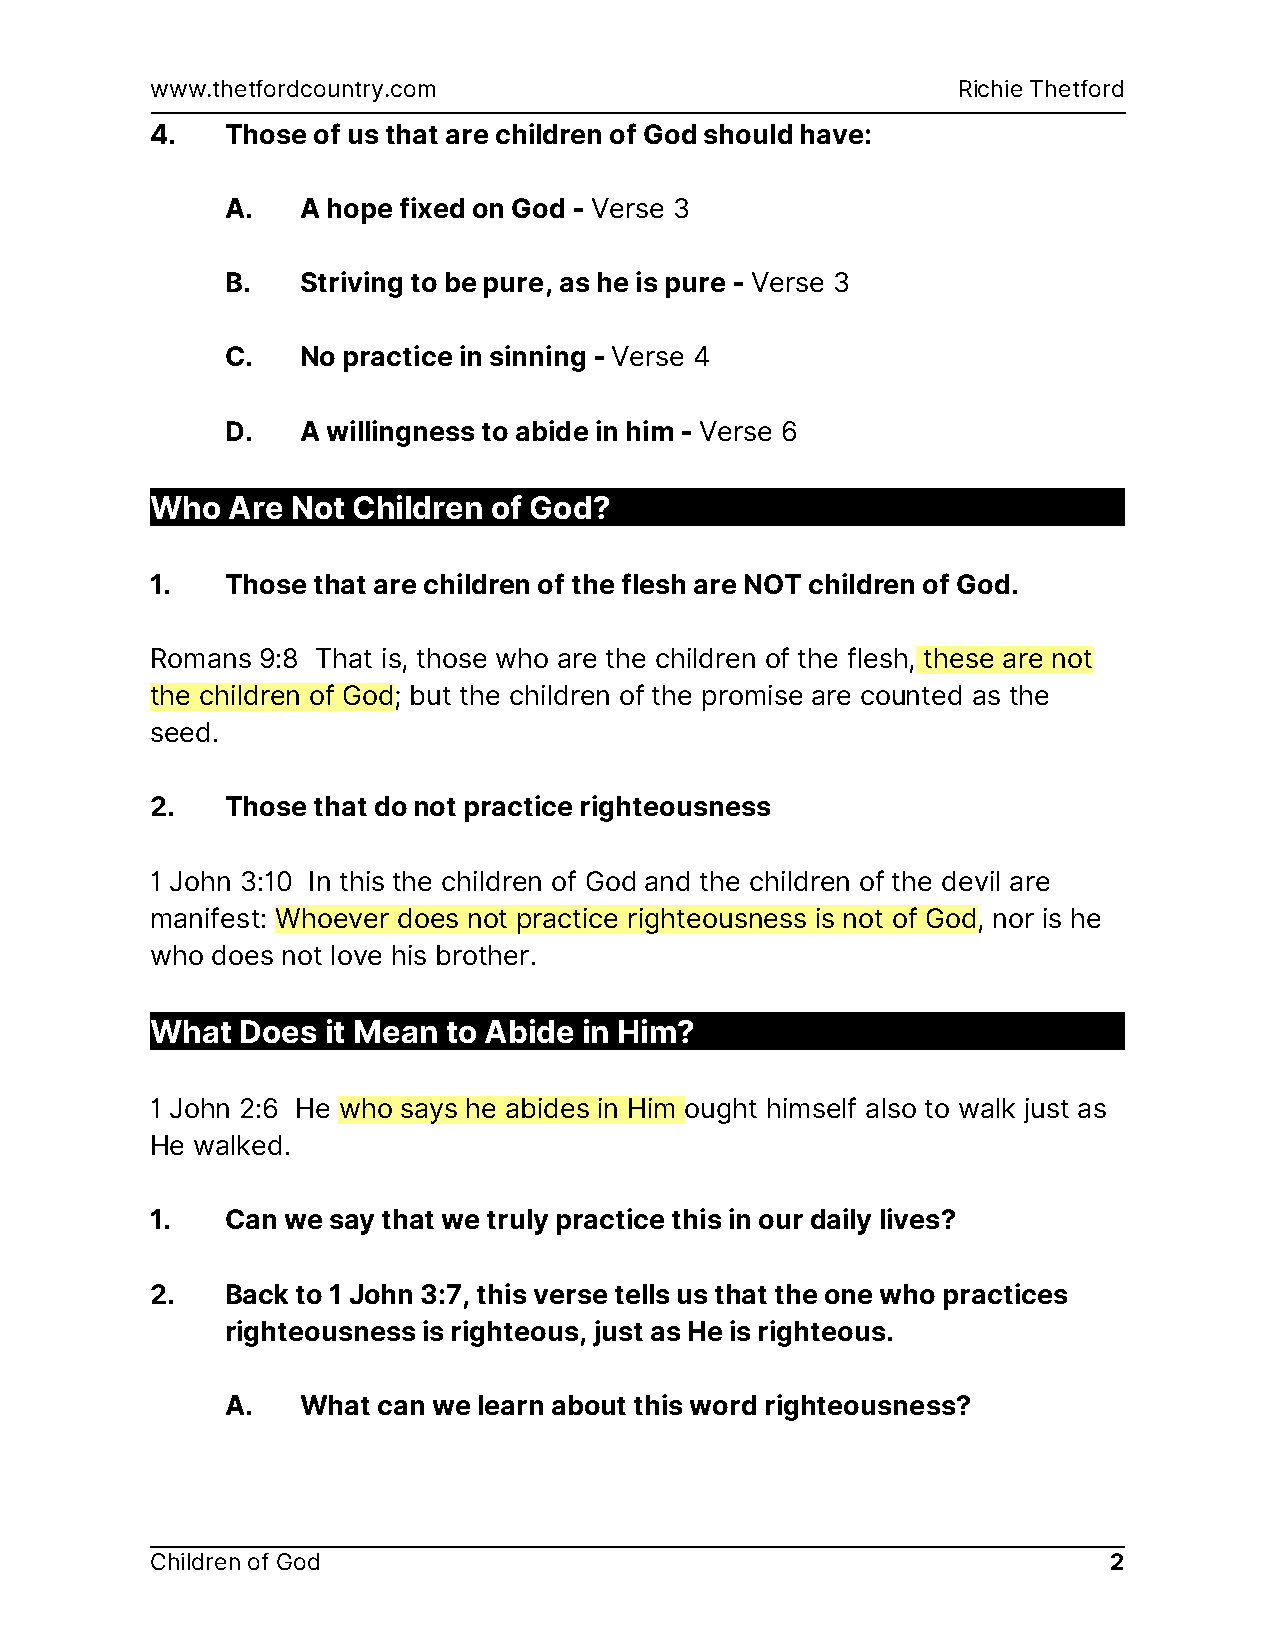
www.thetfordcountry.com                              Richie Thetford
 4.   Those of us that are children of God should have:
 A.   A hope fixed on God - Verse 3
 B.   Striving to be pure, as he is pure - Verse 3
 C.   No practice in sinning - Verse 4
 D.   A willingness to abide in him - Verse 6
 Who  Are Not Children  of God?
 1.   Those that are children of the flesh are NOT children of God.
 Romans 9:8 That is, those who are the children of the flesh, these are not
 the children of God; but the children of the promise are counted as the
 seed.
 2.   Those that do not practice righteousness
 1 John 3:10 In this the children of God and the children of the devil are
 manifest: Whoever does not practice righteousness is not of God, nor is he
 who does not love his brother.
 What  Does  it Mean to Abide in Him?
 1 John 2:6 He who says he abides in Him ought himself also to walk just as
 He walked.
 1.   Can we say that we truly practice this in our daily lives?
 2.   Back to 1 John 3:7, this verse tells us that the one who practices
 righteousness is righteous, just as He is righteous.
 A.   What can we learn about this word righteousness?
 Children of God                                                 2